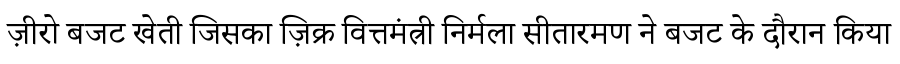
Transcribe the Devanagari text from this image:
ज़ीरो बजट खेती जिसका ज़िक्र वित्तमंत्री निर्मला सीतारमण ने बजट के दौरान किया